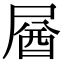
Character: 𡲚